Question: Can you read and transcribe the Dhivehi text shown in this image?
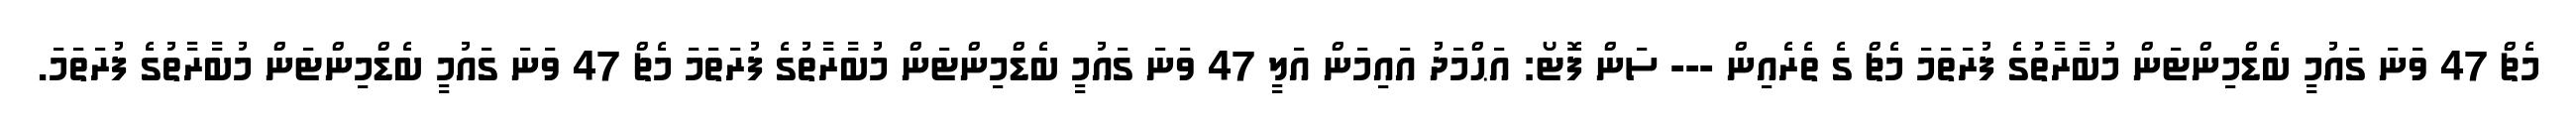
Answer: މެޗް 47 ވަނަ ގައުމީ ބެޑްމިންޓަން މުބާރާތުގެ ފުރަތަމަ މެޗް ގެ ތެރެއިން --- ސަން ފޮޓޯ: އަޙްމަދު އައިމަން އަލީ 47 ވަނަ ގައުމީ ބެޑްމިންޓަން މުބާރާތުގެ ފުރަތަމަ މެޗް 47 ވަނަ ގައުމީ ބެޑްމިންޓަން މުބާރާތުގެ ފުރަތަމަ.